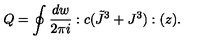
Q = \oint { \frac { d w } { 2 \pi i } } : c ( \tilde { J } ^ { 3 } + J ^ { 3 } ) : ( z ) .